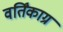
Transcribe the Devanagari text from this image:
वर्तिंकाग्र